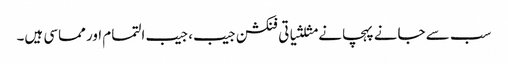
سب سے جانے پہچانے مثلثیاتی فنکشن جیب، جیب التمام اور مماسی ہیں۔